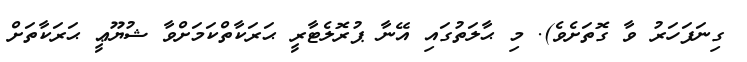
ގިނަފަހަރު ވާ ގޮތަށެވެ). މި ޙާލަތުގައި އޭނާ ޕުރޮލެޓާރީ ޙަރަކާތްކަމަށްވާ ޝުޔޫޢީ ޙަރަކާތަށް